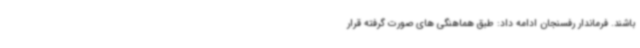
باشند. فرماندار رفسنجان ادامه داد: طبق هماهنگی های صورت گرفته قرار